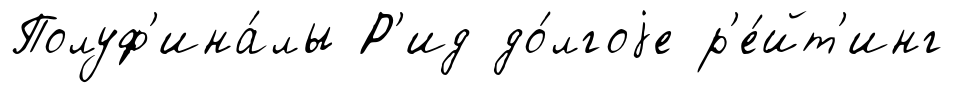
Полуф'ина́лы Р'ид до́лгоjе р'е́йт'инг